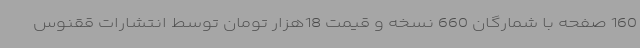
160 صفحه با شمارگان 660 نسخه و قیمت 18هزار تومان توسط انتشارات ققنوس